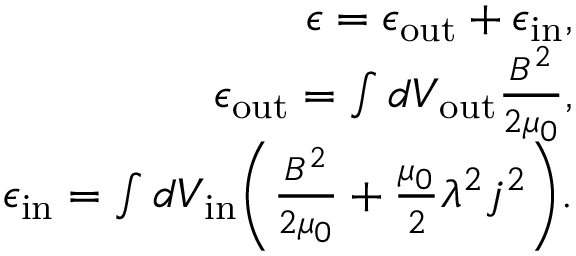
\begin{array} { r l r } & { } & { \epsilon = \epsilon _ { \mathrm { o u t } } + \epsilon _ { \mathrm { i n } } , } \\ & { } & { \epsilon _ { \mathrm { o u t } } = \int d V _ { \mathrm { o u t } } \frac { B ^ { 2 } } { 2 \mu _ { 0 } } , } \\ & { } & { \epsilon _ { \mathrm { i n } } = \int d V _ { \mathrm { i n } } \biggl ( \frac { B ^ { 2 } } { 2 \mu _ { 0 } } + \frac { \mu _ { 0 } } { 2 } \lambda ^ { 2 } j ^ { 2 } \biggr ) . } \end{array}